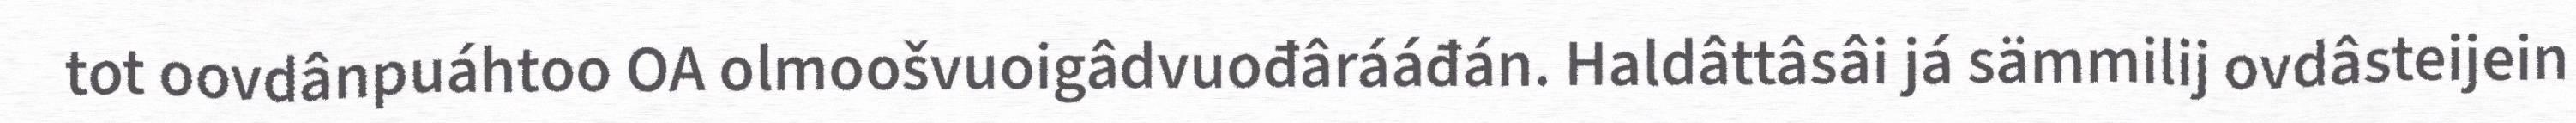
tot oovdânpuáhtoo OA olmoošvuoigâdvuođârááđán. Haldâttâsâi já sämmilij ovdâsteijein